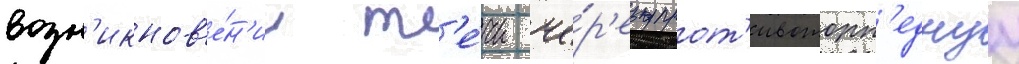
возн'икнов'е́н'ии т'е́чи че́р'ез прот'ивоторп'еднуу